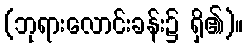
(ဘုရားလောင်းခန်း၌ ရှိ၏)။